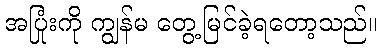
အပြုံးကို ကျွန်မ တွေ့မြင်ခဲ့ရတော့သည်။